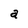
Character: a